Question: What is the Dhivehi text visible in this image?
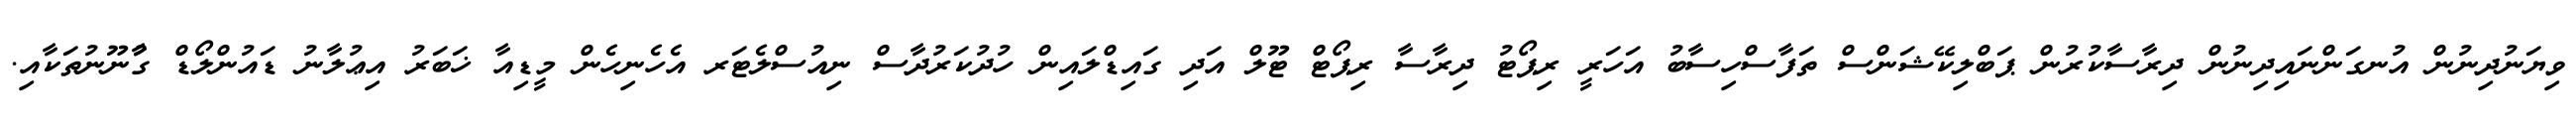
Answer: ވިޔަނުދިނުން އުނގަންނައިދިނުން ދިރާސާކުރުން ޕަބްލިކޭޝަންސް ތަފާސްހިސާބު އަހަރީ ރިޕޯޓު ދިރާސާ ރިޕޯޓް ޓޫލް އަދި ގައިޑްލައިން ހުދުކަރުދާސް ނިއުސްލެޓަރ އެހެނިހެން މީޑިއާ ޚަބަރު އިޢުލާނު ޑައުންލޯޑް ގާުނޫނުތަކާއި.